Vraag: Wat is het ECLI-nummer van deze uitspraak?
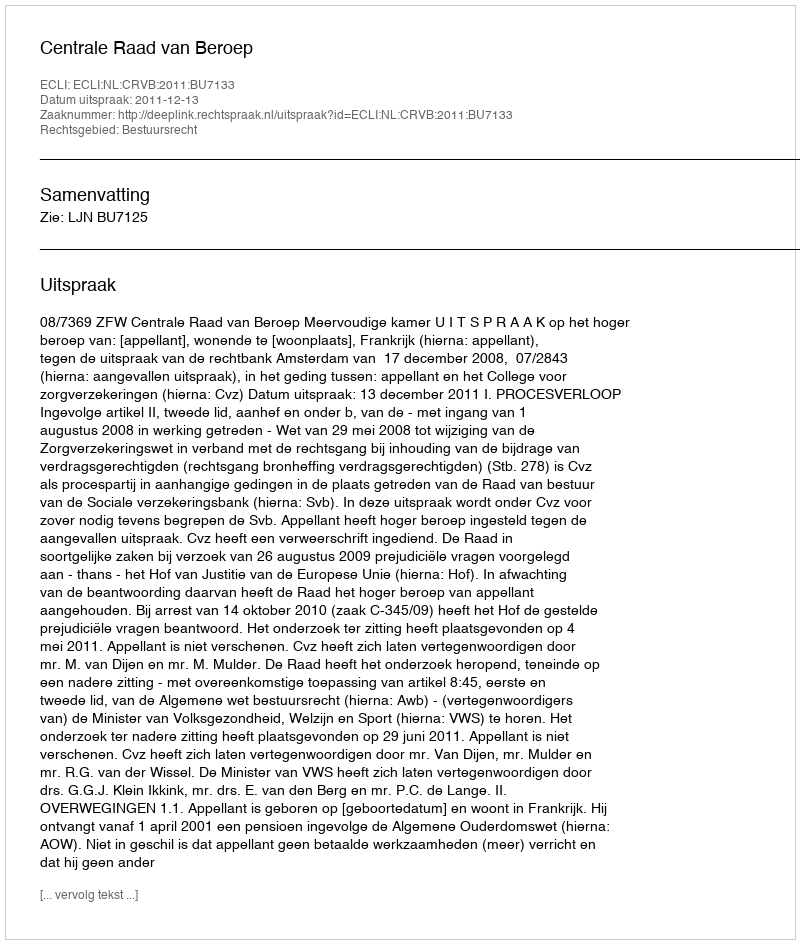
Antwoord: ECLI:NL:CRVB:2011:BU7133